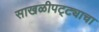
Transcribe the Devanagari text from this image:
साखळीपट्ट्याचा